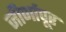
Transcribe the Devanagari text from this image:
जीर्णापूर